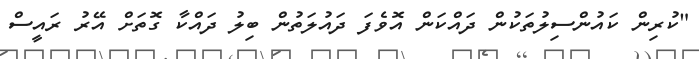
"ކުރިން ކައުންސިލުތަކުން ދައްކަން އޮވެފަ ދައުލަތުން ބިލު ދައްކާ ގޮތަށް އޭރު ރައީސް